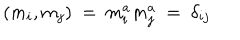
( m _ { i } , m _ { j } ) \ = \ m _ { i } ^ { a } m _ { j } ^ { a } \ = \ \delta _ { i j }